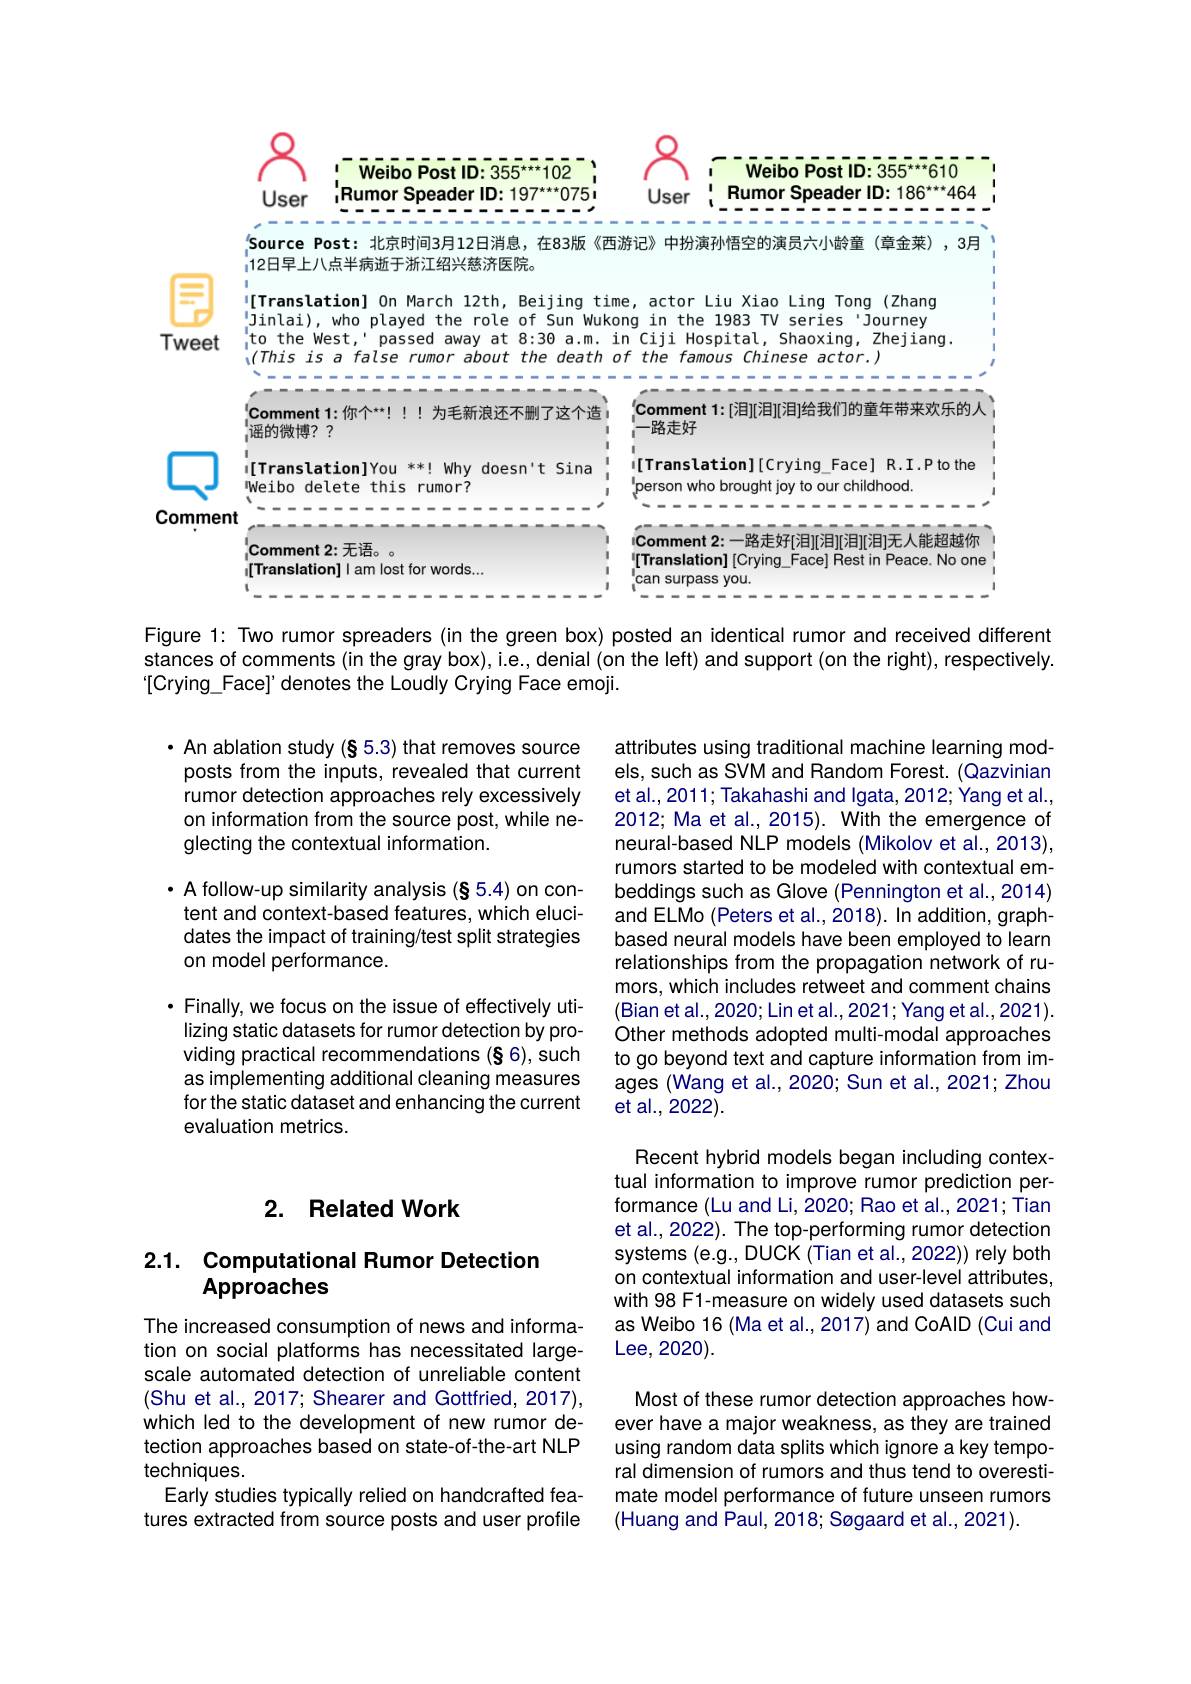
<FigureHere>

Figure 1: Two rumor spreaders (in the green box) posted an identical rumor and received different stances of comments (in the gray box), i.e., denial (on the left) and support (on the right), respectively. $[Crying\_Face]' denotes the Loudly Crying Face emoji.$

· An ablation study (§ 5.3) that removes source
posts from the inputs, revealed that current rumor detection approaches rely excessively on information from the source post, while neglecting the contextual information.

$\cdot$ A follow-up similarity analysis (§5.4) on content and context-based features, which elucidates the impact of training/test split strategies on model performance.

attributes using traditional machine learning models, such as SVM and Random Forest. (Qazvinian et al., 2011; Takahashi and Igata, 2012; Yang et al., 2012; Ma et al., 2015). With the emergence of neural-based NLP models (Mikolov et al., 2013), rumors started to be modeled with contextual embeddings such as Glove (Pennington et al., 2014) and ELMo (Peters et al., 2018). In addition, graphbased neural models have been employed to learn relationships from the propagation network of rumors, which includes retweet and comment chains (Bian et al., 2020; Lin et al., 2021; Yang et al., 2021). Other methods adopted multi-modal approaches to go beyond text and capture information from images (Wang et al., 2020; Sun et al., 2021; Zhou et al., 2022).

$\cdot$ Finally, we focus on the issue of effectively utilizing static datasets for rumor detection by providing practical recommendations (§6), such as implementing additional cleaning measures for the static dataset and enhancing the current evaluation metrics.

### 2. Related Work

Recent hybrid models began including contextual information to improve rumor prediction performance (Lu and Li, 2020; Rao et al., 2021; Tian et al., 2022). The top-performing rumor detection systems (e.g., DUCK (Tian et al., 2022)) rely both on contextual information and user-level attributes, with 98 F1-measure on widely used datasets such as Weibo 16 (Ma et al., 2017) and CoAID (Cui and Lee, 2020).

## 2.1. Computational Rumor Detection Approaches

The increased consumption of news and information on social platforms has necessitated largescale automated detection of unreliable content (Shu et al., 2017; Shearer and Gottfried, 2017), which led to the development of new rumor detection approaches based on state-of-the-art NLP techniques.
Early studies typically relied on handcrafted features extracted from source posts and user profile

Most of these rumor detection approaches however have a major weakness, as they are trained using random data splits which ignore a key temporal dimension of rumors and thus tend to overestimate model performance of future unseen rumors (Huang and Paul, 2018; Søgaard et al., 2021).